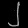
Digit: ၂